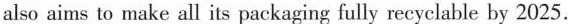
also aims to make all its packaging fully recyclable by 2025.